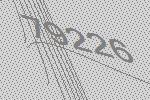
79226